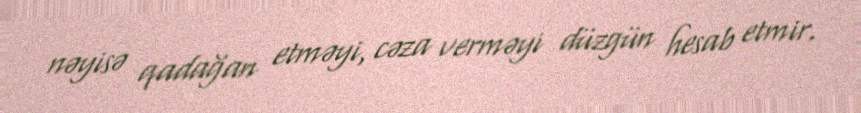
nəyisə qadağan etməyi, cəza verməyi düzgün hesab etmir.